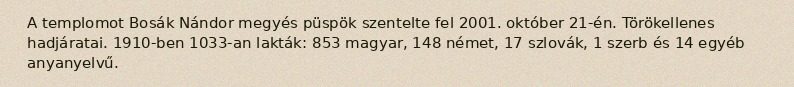
A templomot Bosák Nándor megyés püspök szentelte fel 2001. október 21-én. Törökellenes hadjáratai. 1910-ben 1033-an lakták: 853 magyar, 148 német, 17 szlovák, 1 szerb és 14 egyéb anyanyelvű.